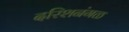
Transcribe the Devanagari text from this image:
दरिशनंगळ